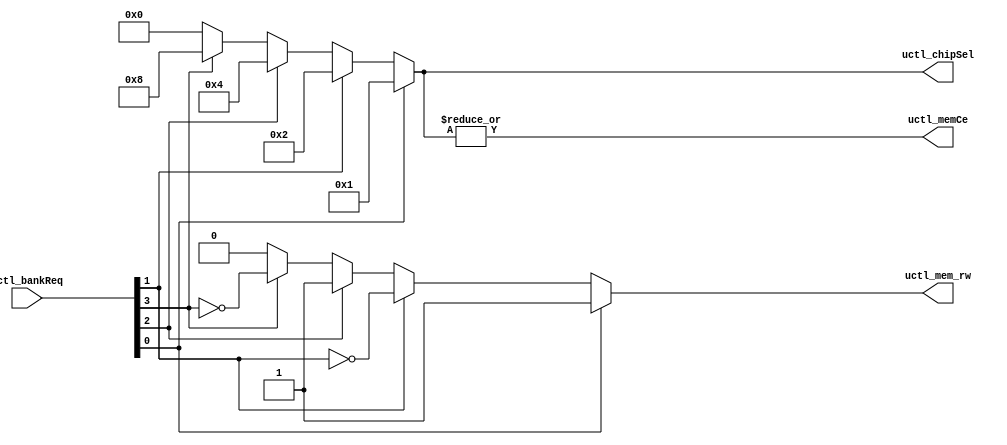
`timescale 1ns / 1ps
//-------------------------------------------------------------------
// Copyright  2013 TECHVULCAN, Inc. All rights reserved.		   
// TechVulcan Confidential and Proprietary
// Not to be used, copied reproduced in whole or in part, nor	   
// its contents							   
// revealed in any manner to others without the express written	   
// permission	of TechVulcan 					   
// Licensed Material.						   
// Program Property of TECHVULCAN Incorporated.	
// ------------------------------------------------------------------
// AUTHOR EMAIL	: lalit.kumar@techvulcan.com
// VERSION        : 0.1
//-------------------------------------------------------------------

module uctl_bankPriorityLogic  (
   input  wire  [4        -1:0] uctl_bankReq   ,
   output wire                  uctl_memCe     ,
   output reg                   uctl_mem_rw    ,   
   output reg   [4        -1:0] uctl_chipSel    //use as ack to bankSeq block
   );

   
   assign uctl_memCe     = |uctl_chipSel;  

   always @(*) begin
      if(uctl_bankReq[0]) begin
         uctl_chipSel     = 4'b0001; 
         uctl_mem_rw      = uctl_bankReq[0];
      end                        
      else if(uctl_bankReq[1]) begin  
         uctl_chipSel     = 4'b0010;  
         uctl_mem_rw      = ~uctl_bankReq[1];
      end                        
      else if(uctl_bankReq[2]) begin  
         uctl_chipSel     = 4'b0100;  
         uctl_mem_rw      = uctl_bankReq[2];
      end                        
      else if(uctl_bankReq[3]) begin  
         uctl_chipSel     = 4'b1000;  
         uctl_mem_rw      = ~uctl_bankReq[3];
      end
      else begin
         uctl_chipSel     = 4'b0000; 
         uctl_mem_rw       = 1'b0;
      end
	end
endmodule